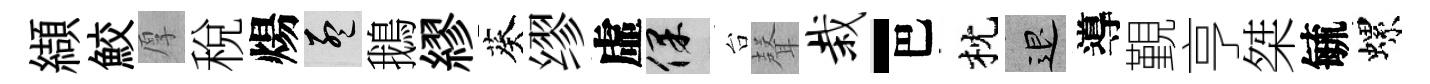
纈鮫厚稅煬孟鵝繆葵缪虛保台𮋻栽-巴枕退導覲亨桀毓螺